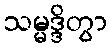
သမ္မဒ္ဒိတွာ